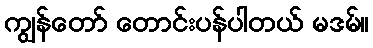
ကျွန်တော် တောင်းပန်ပါတယ် မဒမ်။